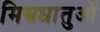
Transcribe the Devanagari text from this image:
मिस्रधातुओं